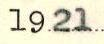
1921